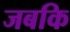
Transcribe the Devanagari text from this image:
जबकि